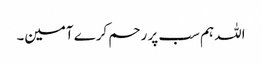
اللہ ہم سب پر رحم کرے آمین۔